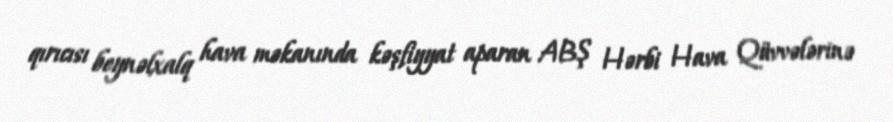
qırıcısı beynəlxalq hava məkanında kəşfiyyat aparan ABŞ Hərbi Hava Qüvvələrinə